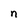
Character: n